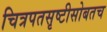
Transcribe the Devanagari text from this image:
चित्रपतसृष्टीसोबतच